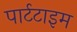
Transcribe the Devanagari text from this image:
पार्टटाइम